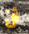
أن